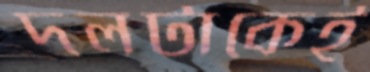
দলটাকেই